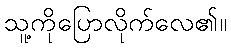
သူ့ကိုပြောလိုက်လေ၏။